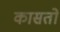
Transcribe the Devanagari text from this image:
कासतो